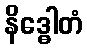
နိဒ္ဓေါတံ